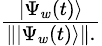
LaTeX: \begin{array}{r}{{\frac{|\Psi_{w}(t)\rangle}{\left\| |\Psi_{w}(t)\rangle\right\| .}}}\end{array}